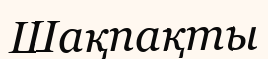
Шақпақты